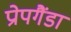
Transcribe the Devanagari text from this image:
प्रोपगैंडा